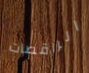
الراقصات